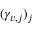
( \gamma _ { v , j } ) _ { j }